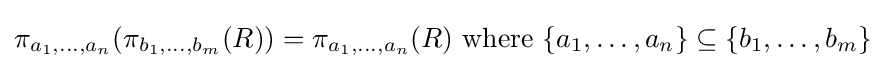
\pi _{a_{1},\ldots ,a_{n}}(\pi _{b_{1},\ldots ,b_{m}}(R))=\pi _{a_{1},\ldots ,a_{n}}(R){\text{ where }}\{a_{1},\ldots ,a_{n}\}\subseteq \{b_{1},\ldots ,b_{m}\}